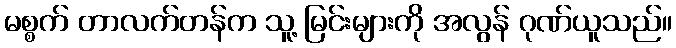
မစ္စက် တာလက်တန်က သူ့ မြင်းများကို အလွန် ဂုဏ်ယူသည်။